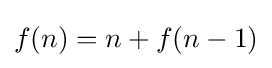
f(n)=n+f(n-1)